Report on horse surra - Volume II, Part I
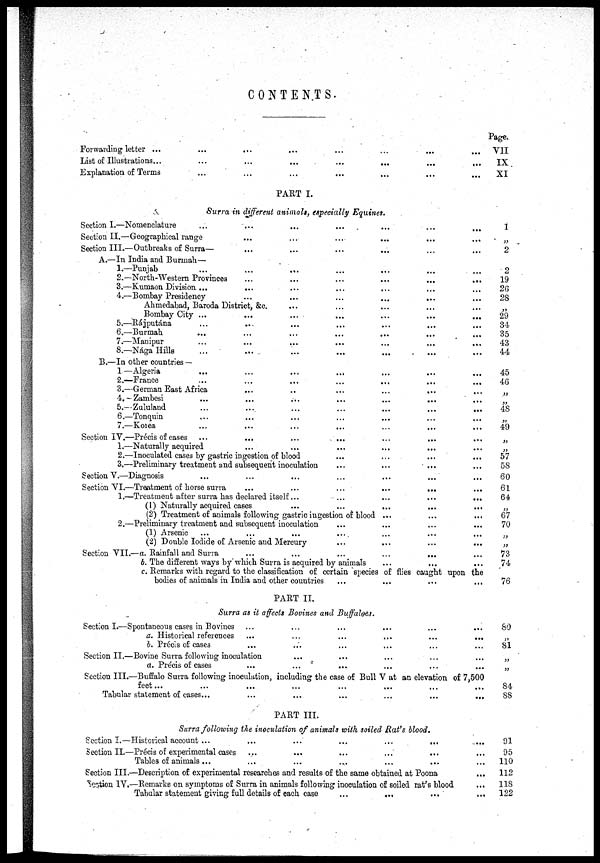
CONTENTS.
Forwarding letter ...
List of Illustrations...
Explanation of Terms
... ... ...
...
...
...
... ... ...
...
...
...
Page.
...
VII
...
IX
... XI
PART I.
Surra in different animals, especially Equines.
Section I.—Nomenclature
Section II.—Geographical range
Section III.—Outbreaks of Surra—
A.—In India and Burmah—
1.—Punjab
2.—North-Western Provinces
3.—Kumaon Division ...
...
4.—Bombay Presidency
Ahmedabad, Baroda District, &c.
Bombay City ...
5.—Ráputána
...
...
6.—Burmah
7.—Manipur
8.—Nága Hills
B.—In other countries —
1.—Algeria
...
...
...
...
2.—France
3.—German East Africa
4.—Zambesi
5.—Zululand
6.—Tonquin
7.—Korea
Section IV.—Précis of cases
1.—Naturally acquired
2.—Inoculated cases by gastric ingestion of blood
3.—Preliminary treatment and subsequent inoculation
Section V.—Diagnosis
...
...
Section VI.—Treatment of horse surra
1.—Treatment after surra has declared itself...
(1) Naturally acquired cases
...
...
(2) Treatment of animals following gastric ingestion of blood
2.—Preliminary treatment and subsequent inoculation
(1) Arsenic
(2) Double Iodide of Arsenic and Mercury
Section VII.—a. Rainfall and Surra
b. The different ways by which Surra is acquired by animals
...
...
...
...
...
...
...
...
...
...
...
...
....
...
...
...
...
...
...
...
...
...
...
...
...
...
...
...
...
...
...
...
...
...
...
...
...
...
...
...
...
...
...
...
....
...
...
...
...
...
...
...
...
...
...
...
...
...
...
...
...
...
...
...
...
...
...
...
...
...
...
...
...
...
...
...
...
...
...
...
...
...
...
...
...
...
...
...
...
...
...
...
...
...
c. Remarks with regard to the classification of certain species of flies caught upon the
bodies of animals in India and other countries ...
PART II.
Surra as it affects Bovines and Buffaloes.
Section I.—Spontaneous cases in Bovines
a. Historical references
b. Précis of cases
Section II.—Bovine Surra following inoculation
a. Précis of cases
...
...
...
...
...
...
...
...
...
...
...
...
...
...
...
...
...
...
...
...
Section III.—Buffalo Surra following inoculation, including the case of Bull V at an elevation of 7,500
feet...
Tabular statement of cases...
PART III.
...
...
.. .
...
Surra following the inoculation of animals with soiled Rat's blood.
Section I.—Historical account ...
Section II.—Preci s of experimental cases
Tables of animals ...
...
...
...
...
...
...
Section III.—Description of experimental researches and results of the same obtained at Poona
Section IV.—Remarks on symptoms of Surra in animals following inoculation of soiled rat's blood
Tabular statement giving full details of each case
...
...
...
...
...
...
...
...
...
...
1
„
2
2
19
26
28
„
29
34
35
43
44
45
46
„
„
48
„
49
„
„
57
58
60
61
64
„
67
70
„
„
73
74
76
80
„
81
„
„
84
88
91
95
110
112
118
122